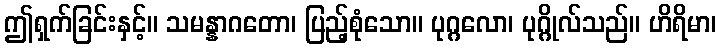
ဤရှက်ခြင်းနှင့်။ သမန္နာဂတော၊ ပြည့်စုံသော။ ပုဂ္ဂလော၊ ပုဂ္ဂိုလ်သည်။ ဟိရိမာ၊